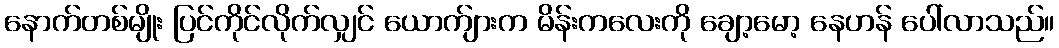
နောက်တစ်မျိုး ပြင်ကိုင်လိုက်လျှင် ယောက်ျားက မိန်းကလေးကို ချော့မော့ နေဟန် ပေါ်လာသည်။